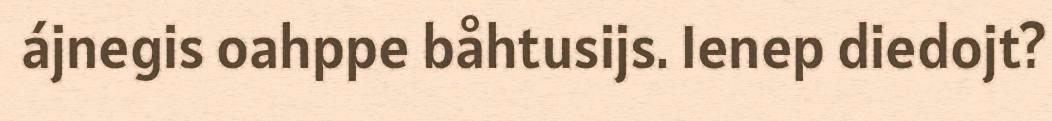
ájnegis oahppe båhtusijs. Ienep diedojt?